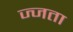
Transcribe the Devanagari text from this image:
ज्जता